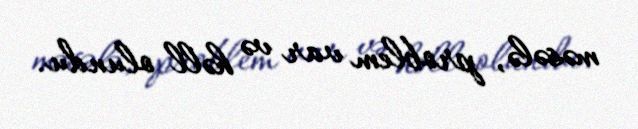
məsələ, problem var və həll olundu.